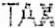
TAX